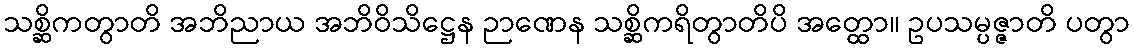
သစ္ဆိကတွာတိ အဘိညာယ အဘိဝိသိဋ္ဌေန ဉာဏေန သစ္ဆိကရိတွာတိပိ အတ္ထော။ ဥပသမ္ပဇ္ဇာတိ ပတွာ